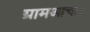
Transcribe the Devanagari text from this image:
ग्रामआचार